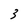
Character: 3